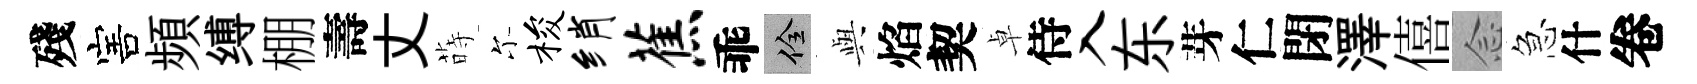
殘害頻缚棚壽丈蒔尓梭绡蕉乖佺𫤰焰契卓侍入东芽仁閉澤僖𫝹急什卷